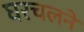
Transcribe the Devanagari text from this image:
घरचलने